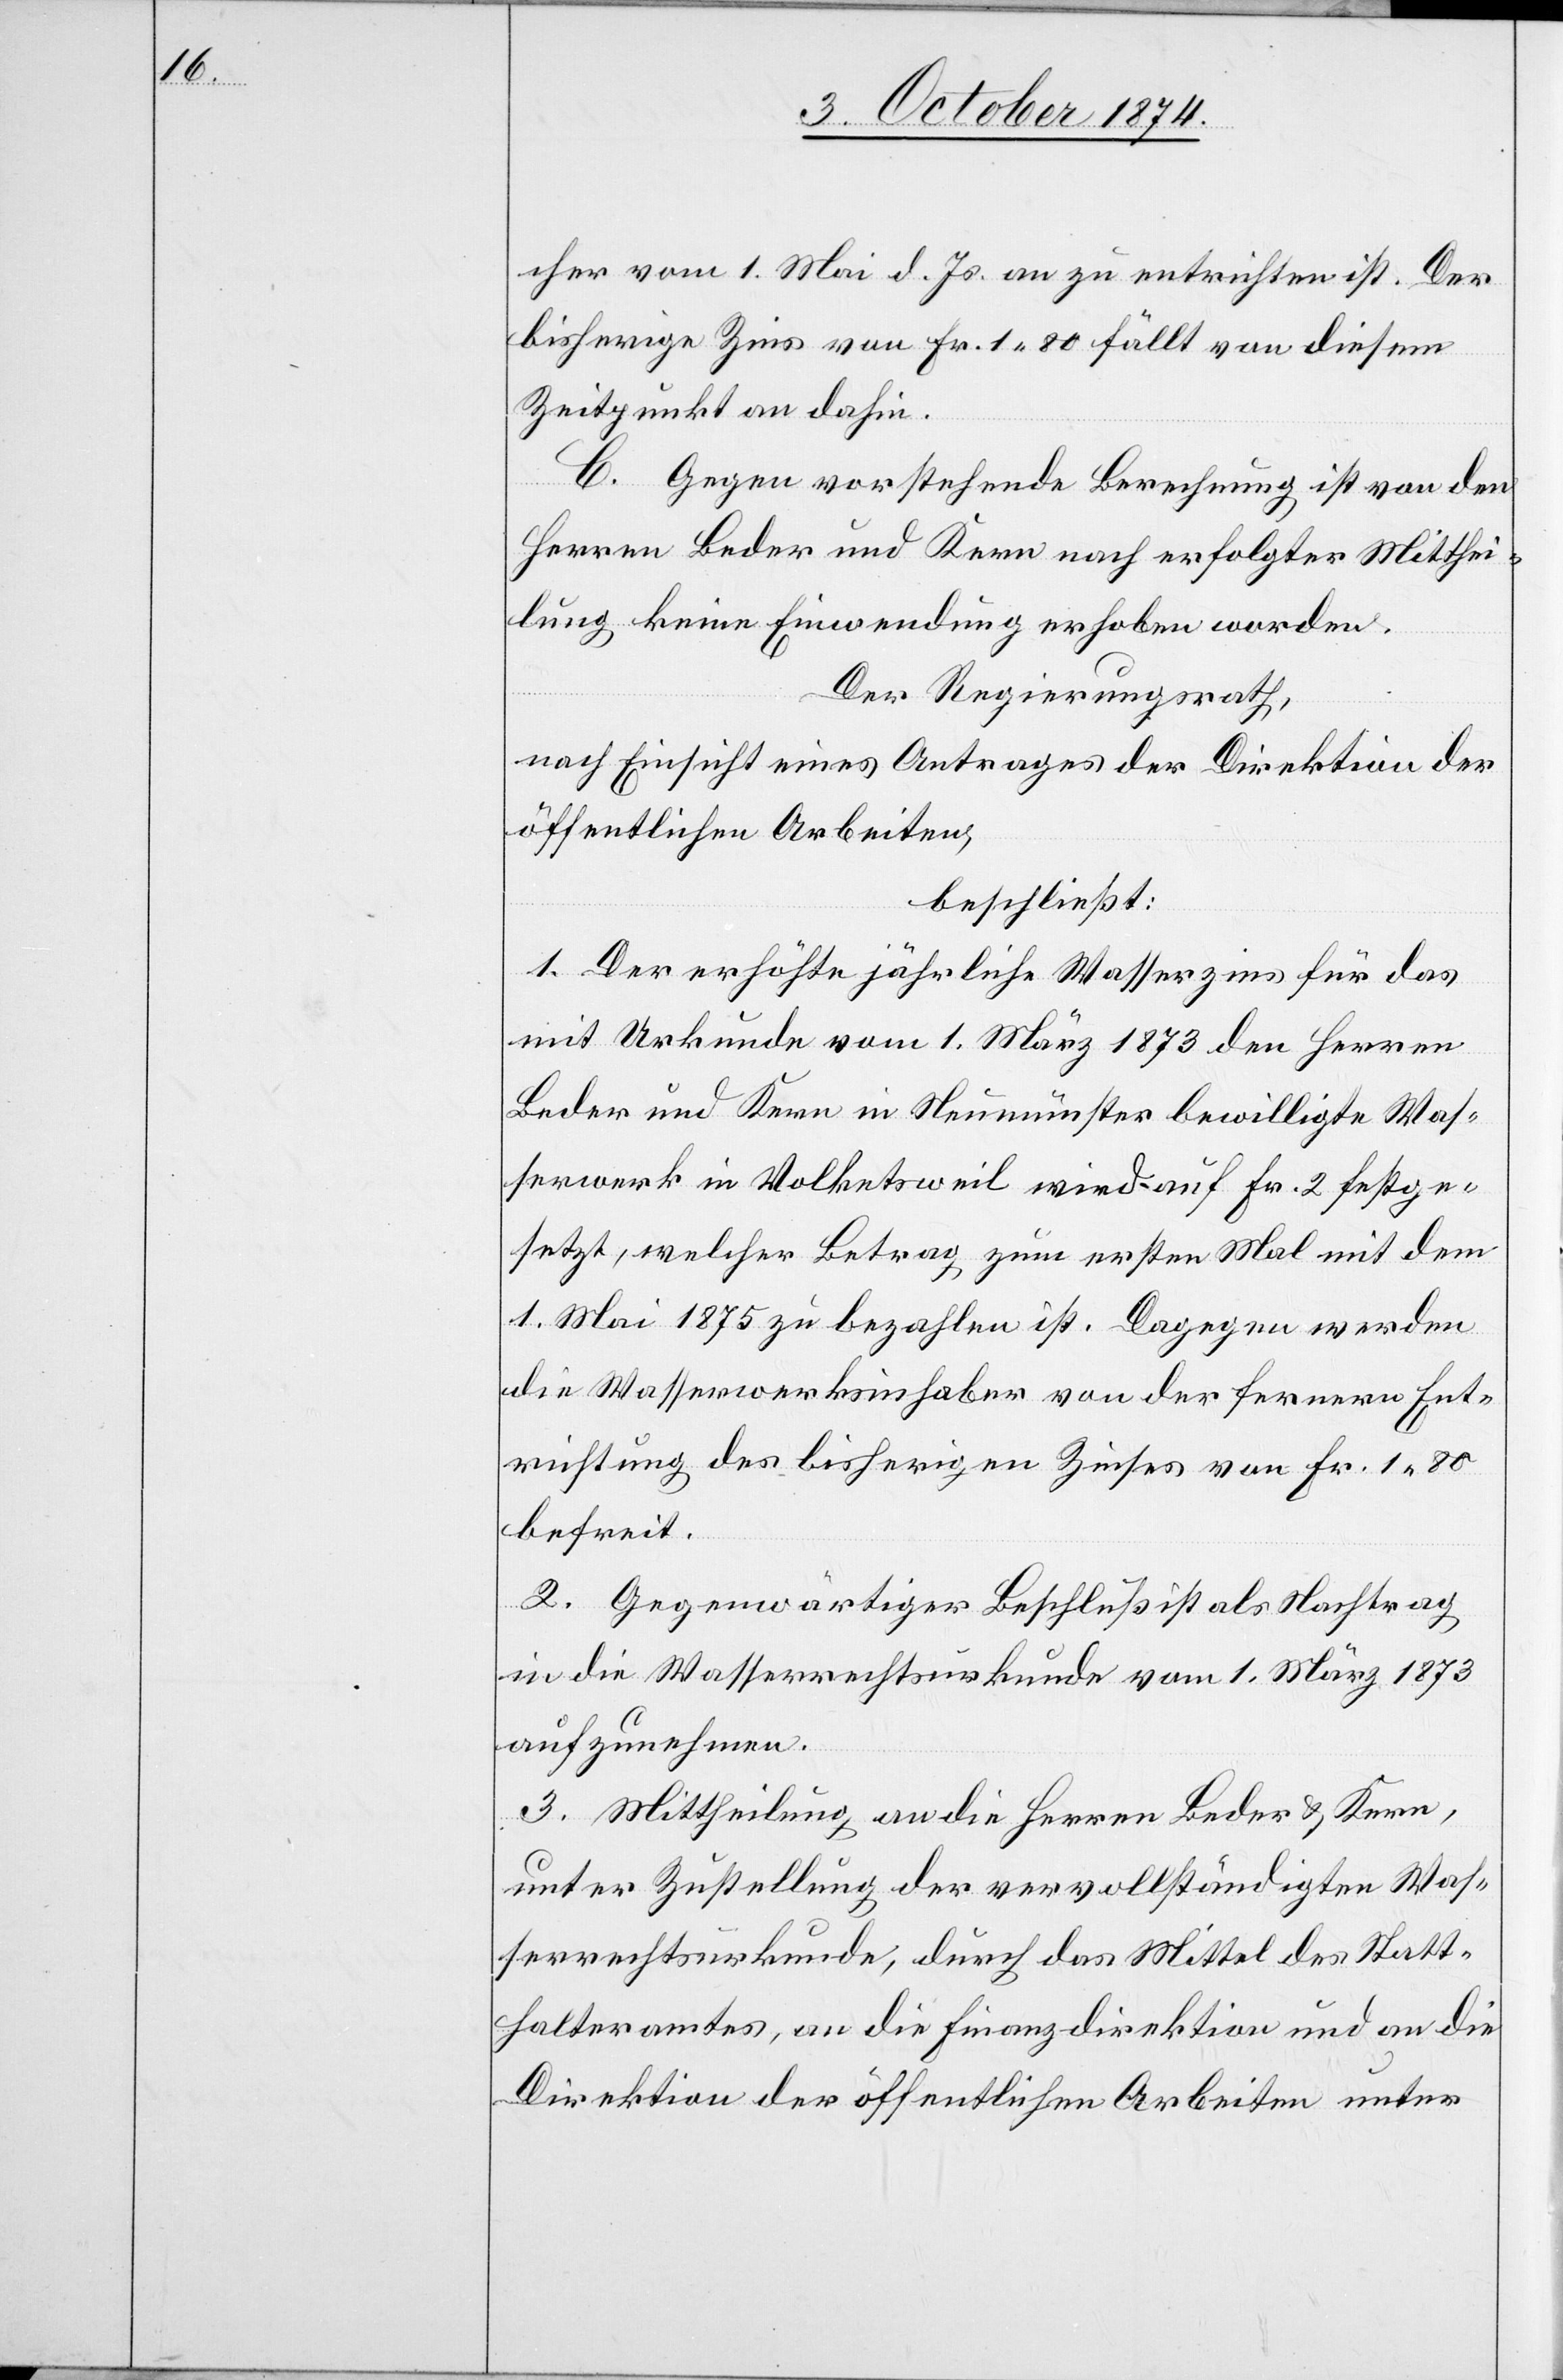
cher vom 1. Mai d. Js. an zu entrichten ist. Der
bisherige Zins von Fr. 1.80 fällt von diesem
Zeitpunkt an dahin.
C. Gegen vorstehende Berechnung ist von den
Herren Beder und Kern nach erfolgter Mitthei¬
lung keine Einwendung erhoben worden.
Der Regierungsrath,
nach Einsicht eines Antrages der Direktion der
öffentlichen Arbeiten,
beschließt:
1. Der erhöhte jährliche Wasserzins für das
mit Urkunde vom 1. März 1873 den Herren
Beder und Kern in Neumünster bewilligte Was¬
serwerk in Volketsweil wird auf Fr. 2 festge¬
setzt, welcher Betrag zum ersten Mal mit dem
1. Mai 1875 zu bezahlen ist. Dagegen werden
die Wasserwerksinhaber von der fernern Ent¬
richtung des bisherigen Zinses von Fr. 1.80
befreit.
2. Gegenwärtiger Beschluß ist als Nachtrag
in die Wasserrechtsurkunde vom 1. März 1873
aufzunehmen.
3. Mittheilung an die Herren Beder & Kern,
unter Zustellung der vervollständigten Was¬
serrechtsurkunde, durch das Mittel des Statt¬
halteramtes, an die Finanzdirektion und an die
Direktion der öffentlichen Arbeiten unter